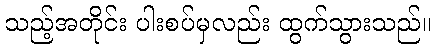
သည့်အတိုင်း ပါးစပ်မှလည်း ထွက်သွားသည်။